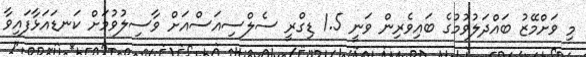
މި ވަށްމޭޒު ބައްދަލުވުމުގެ ބައިވެރިން ވަނީ 1.5 ޑިގްރީ ސެލްސިއަސްއަށް ވާސިލުވުމަށް ކަނޑައަޅާފައިވާ